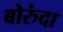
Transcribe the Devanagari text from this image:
बोरुंदा